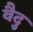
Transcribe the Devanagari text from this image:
वैदु